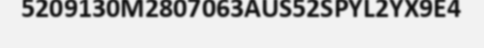
5209130M2807063AUS52SPYL2YX9E4